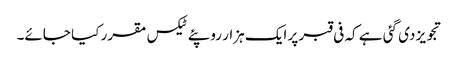
تجویز دی گئی ہے کہ فی قبر پر ایک ہزار روپئے ٹیکس مقرر کیا جائے۔